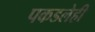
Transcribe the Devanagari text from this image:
पकडलेही